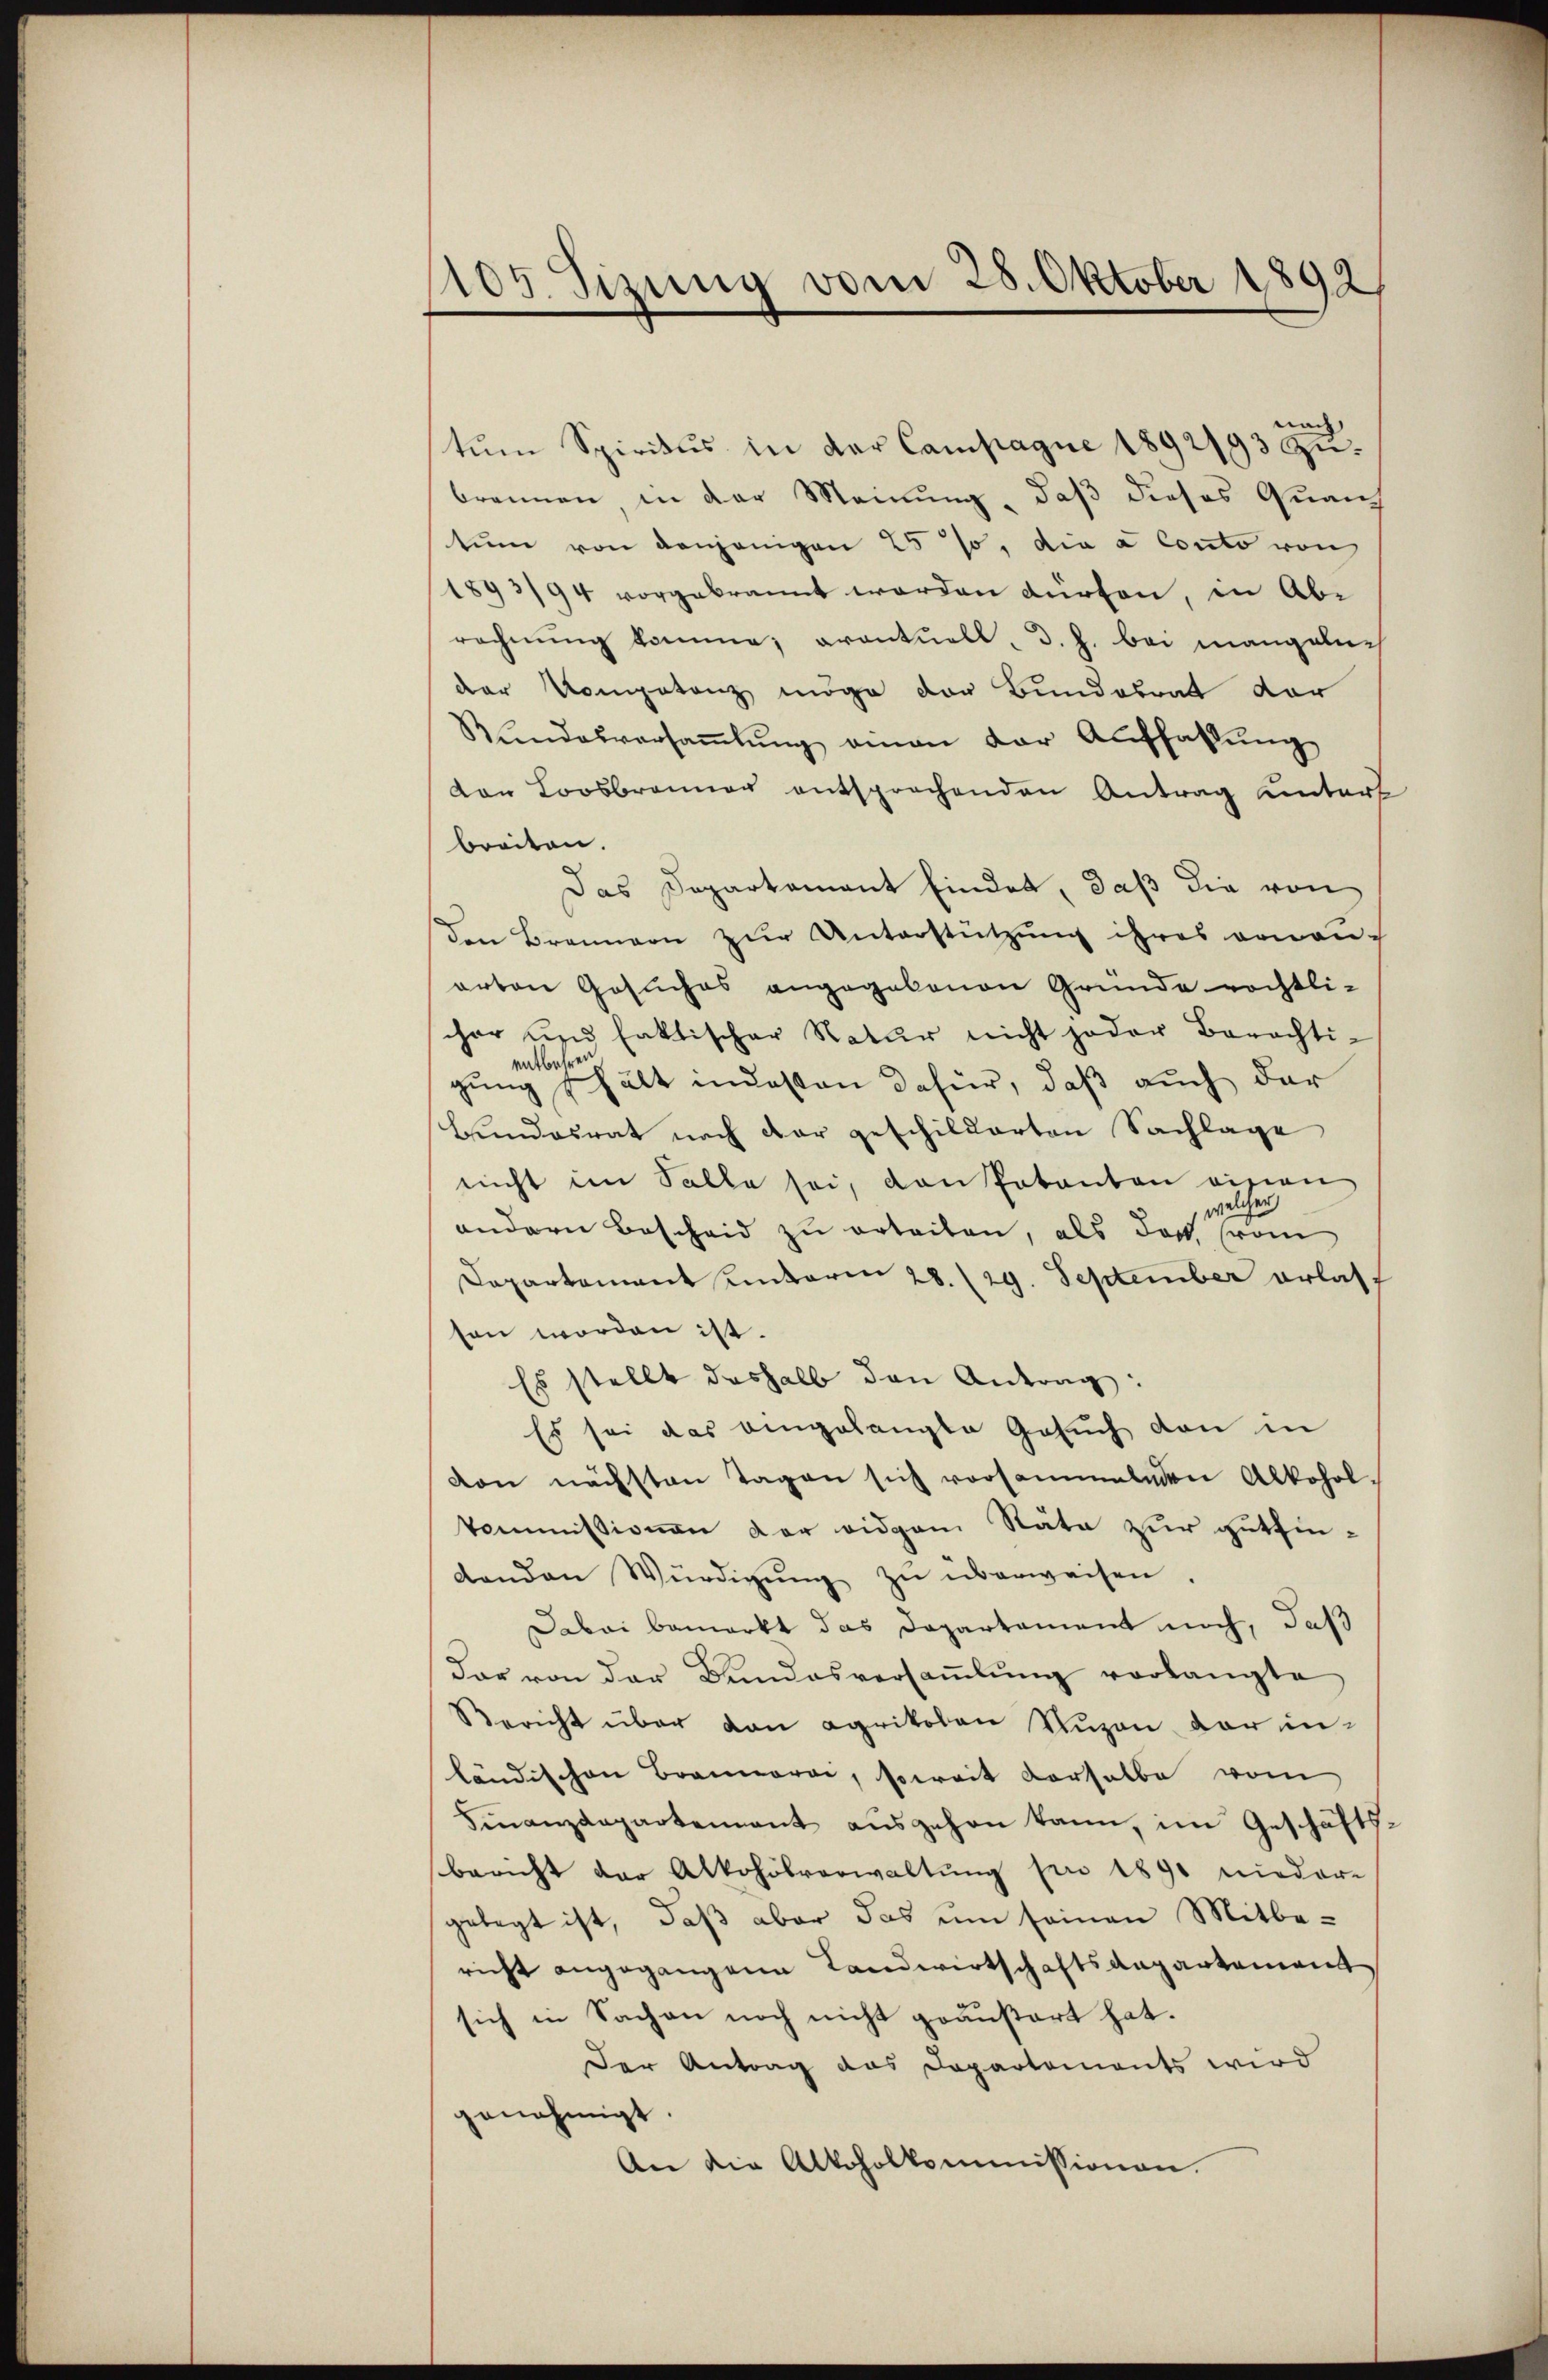
1105. Sizung vom 28. Oktober 1892

nach
stŭm Spiritus in der Campagne 1892/93 zubrennen in der Meinŭng, daβ dieses Quaih
tum von denjenigen 25%, die a Conto von
1893/94 vorgebrannt worden dürfen, in Abrechnung komme; eventuell, d. h. bei mangelie
der Kompetenz möge der Bundesrat der
Rŭndesversaṁlŭng einen der Aŭffallŭng
dar Loosbranner entsprochenden Antrag untert
breiten.
Das Departament findet, daß die von
den Brennern zur Unterstützung ihres von auc
arten Gesuches angegebenen Gründe rechtli-
cher und faktischer Natur nicht jeder Berechti-
gung schält indeßen dafür, daß auch der
Hundesrat nach dar geschilderten Sachlage
nicht im Solle sei, den Potanton vision
welcher
andern Bescheid zu erteilen, als doch from
Dapartement unterm 28./29. September erlassen worden ist.
Es stellt deshalb den Antrag:
Es sei das eingelangte Gesuch den in
von nächsten Tagen sich vorsammelnden Alkohol
kommissionen der eidgen Stäte zur gutfindanden Würdigŭng zŭ überweisen.
Dabai bemerkt das Departament noch, daß
dar von der Bundesversaṁlŭng vorlangte
Bericht über den agrikolen Nuzen der inländischen Brannorar, soweit derselbe vom
Finanzdepartenant aŭsgehen kann, im Geschäfts-
bericht der Alkoholverwaltŭng pro 1890 nieder-
gelegt ist, daß aber das um seinen Mitbe-
richt angegangene Landwirtschaftsangartement
sich in Sachen noch nicht geäußert hat.
Der Antrag das Departements wird
genehmigt.
An die Alkoholkommissionen.